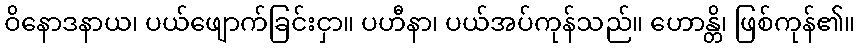
ဝိနောဒနာယ၊ ပယ်ဖျောက်ခြင်းငှာ။ ပဟီနာ၊ ပယ်အပ်ကုန်သည်။ ဟောန္တိ၊ ဖြစ်ကုန်၏။